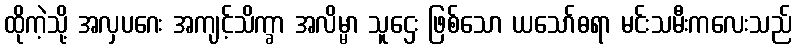
ထိုကဲ့သို့ အလှပဂေး အကျင့်သိက္ခာ အလိမ္မာ သူဌေး ဖြစ်သော ယသော်ဓရာ မင်းသမီးကလေးသည်